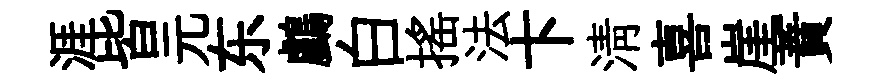
涯皆元东鸕白搖法卞淸喜崖蕡